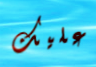
عليك